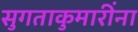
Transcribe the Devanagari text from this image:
सुगताकुमारींना